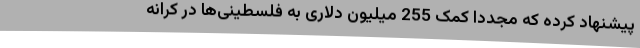
پیشنهاد کرده که مجددا کمک 255 میلیون دلاری به فلسطینی‌ها در کرانه